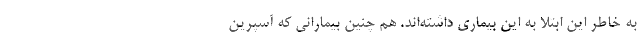
به خاطر این ابتلا به این بیماری داشته‌اند. هم چنین بیمارانی که آسپرین